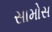
સામોસ